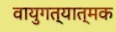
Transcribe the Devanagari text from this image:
वायुगत्यात्मक